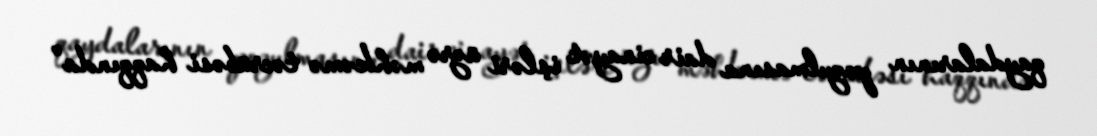
qaydalarının pozulmasına dair cinayət işləri üzrə məhkəmə təcrübəsi haqqında”